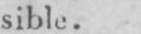
sible.